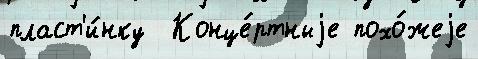
пласт'и́нку  Конце́ртныjе похо́жеjе